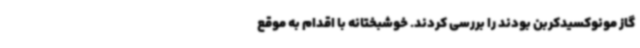
گاز مونوکسیدکربن بودند را بررسی کردند. خوشبختانه با اقدام به موقع